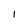
Character: 1